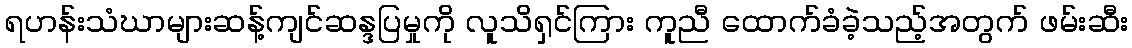
ရဟန်းသံဃာများဆန့်ကျင်ဆန္ဒပြမှုကို လူသိရှင်ကြား ကူညီ ထောက်ခံခဲ့သည့်အတွက် ဖမ်းဆီး